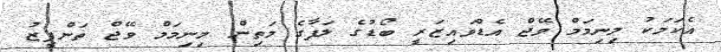
އެކަމަކު މިނިމަމް ވޭޖް އެޑްވައިޒަރީ ބޯޑުގެ ލަފާގެ މަތިން މިނިމަމް ވޭޖް ތަންފީޒު